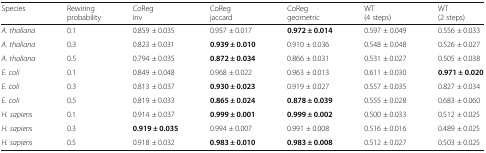
<table><thead><tr><td><b>Species</b></td><td><b>Rewiring probability</b></td><td><b>CoReginv</b></td><td><b>CoRegjaccard</b></td><td><b>CoReggeometric</b></td><td><b>WT(4 steps)</b></td><td><b>WT(2 steps)</b></td></tr></thead><tbody><tr><td><i>A. thaliana</i></td><td>0.1</td><td>0.859 ± 0.035</td><td>0.957 ± 0.017</td><td><b>0.972 ± 0.014</b></td><td>0.597 ± 0.049</td><td>0.556 ± 0.033</td></tr><tr><td><i>A. thaliana</i></td><td>0.3</td><td>0.823 ± 0.031</td><td><b>0.939 ± 0.010</b></td><td>0.910 ± 0.036</td><td>0.548 ± 0.048</td><td>0.526 ± 0.027</td></tr><tr><td><i>A. thaliana</i></td><td>0.5</td><td>0.794 ± 0.035</td><td><b>0.872 ± 0.034</b></td><td>0.866 ± 0.031</td><td>0.531 ± 0.027</td><td>0.505 ± 0.038</td></tr><tr><td><i>E. coli</i></td><td>0.1</td><td>0.849 ± 0.048</td><td>0.968 ± 0.022</td><td>0.963 ± 0.013</td><td>0.611 ± 0.030</td><td><b>0.971 ± 0.020</b></td></tr><tr><td><i>E. coli</i></td><td>0.3</td><td>0.813 ± 0.037</td><td><b>0.930 ± 0.023</b></td><td>0.919 ± 0.027</td><td>0.557 ± 0.035</td><td>0.827 ± 0.034</td></tr><tr><td><i>E. coli</i></td><td>0.5</td><td>0.819 ± 0.033</td><td><b>0.865 ± 0.024</b></td><td><b>0.878 ± 0.039</b></td><td>0.555 ± 0.028</td><td>0.683 ± 0.060</td></tr><tr><td><i>H. sapiens</i></td><td>0.1</td><td>0.914 ± 0.037</td><td><b>0.999 ± 0.001</b></td><td><b>0.999 ± 0.002</b></td><td>0.500 ± 0.033</td><td>0.512 ± 0.025</td></tr><tr><td><i>H. sapiens</i></td><td>0.3</td><td><b>0.919 ± 0.035</b></td><td>0.994 ± 0.007</td><td>0.991 ± 0.008</td><td>0.516 ± 0.016</td><td>0.489 ± 0.025</td></tr><tr><td><i>H. sapiens</i></td><td>0.5</td><td>0.918 ± 0.032</td><td><b>0.983 ± 0.010</b></td><td><b>0.983 ± 0.008</b></td><td>0.512 ± 0.027</td><td>0.503 ± 0.025</td></tr></tbody></table>